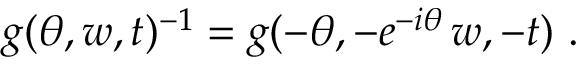
g ( \theta , w , t ) ^ { - 1 } = g ( - \theta , - e ^ { - i \theta } \, w , - t ) ~ .